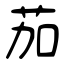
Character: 茄